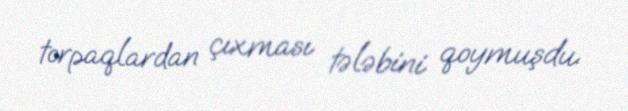
torpaqlardan çıxması tələbini qoymuşdu.